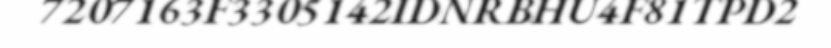
7207163F3305142IDNRBHU4F81TPD2